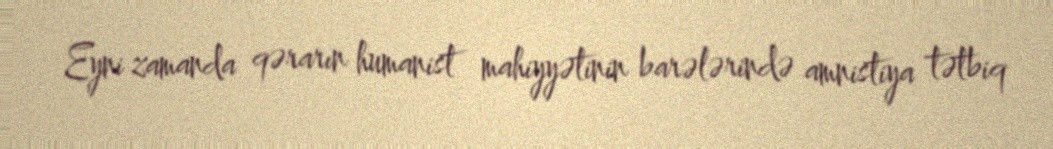
Eyni zamanda qərarın humanist mahiyyətinin barələrində amnistiya tətbiq